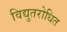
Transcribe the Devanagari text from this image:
विद्युतरोधित